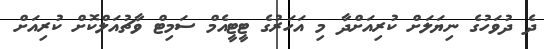
ދެ ދުވަހުގެ ނިޔަލަށް ކުރިިއަށްދާ މި އަހަރުގެ ޓީޓީއެމް ސަމިޓް ވާޗުއަލްކޮށް ކުރިއަށް